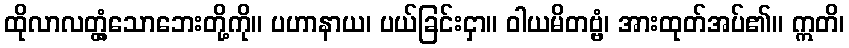
ထိုလာလတ္တံ့သောဘေးတို့ကို။ ပဟာနာယ၊ ပယ်ခြင်းငှာ။ ဝါယမိတဗ္ဗံ၊ အားထုတ်အပ်၏။ ဣတိ၊